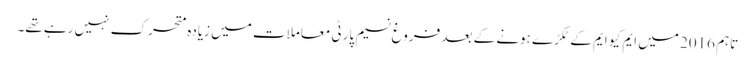
تاہم 2016 میں ایم کیو ایم کے ٹکڑے ہونے کے بعد فروغ نسیم پارٹی معاملات میں زیادہ متحرک نہیں رہے تھے۔